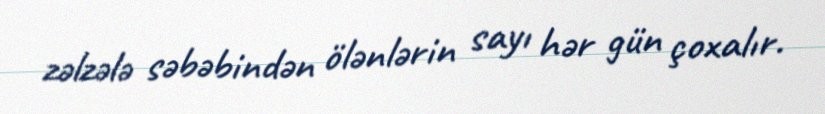
zəlzələ səbəbindən ölənlərin sayı hər gün çoxalır.